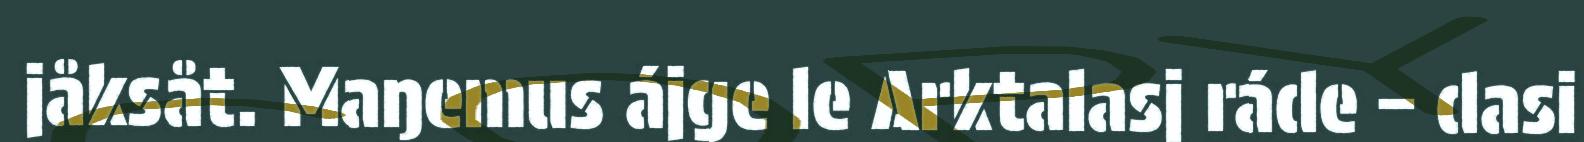
jåksåt. Maŋemus ájge le Arktalasj ráde – dasi